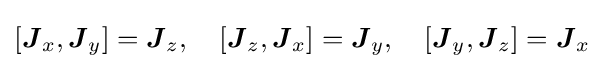
[{\boldsymbol {J}}_{x},{\boldsymbol {J}}_{y}]={\boldsymbol {J}}_{z},\quad [{\boldsymbol {J}}_{z},{\boldsymbol {J}}_{x}]={\boldsymbol {J}}_{y},\quad [{\boldsymbol {J}}_{y},{\boldsymbol {J}}_{z}]={\boldsymbol {J}}_{x}